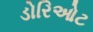
ડોરિઓટ